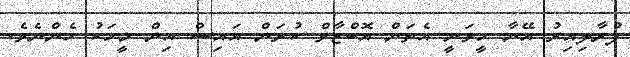
ފުރާލިއިރު އޭނާ ހީވަނީ އެތަން އޮބްޒާވް ކުރަން އައިސް އިން މީހަކު ހެންނެވެ.